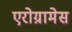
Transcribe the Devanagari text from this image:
एरोग्रामेस